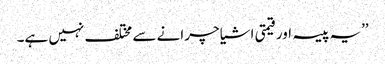
’’یہ پیسہ اور قیمتی اشیا چرانے سے مختلف نہیں ہے۔